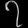
Digit: ၇